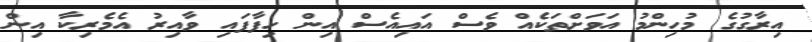
އިރާގުގެ މުހިންމު އަވަށްތަކެއް ވެސް އައިއެސް އިން ހިފާފައި ވާއިރު އެމެރިކާ އިން